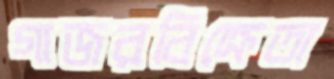
গাজরবিক্রেতা